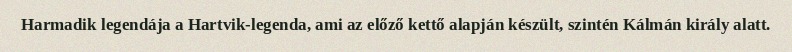
Harmadik legendája a Hartvik-legenda, ami az előző kettő alapján készült, szintén Kálmán király alatt.